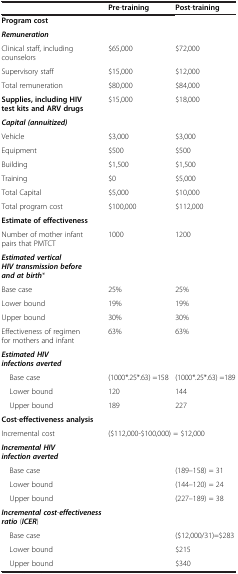
|  | Pre-training | Post-training |
 | --- | --- | --- |
 | Program cost |  |  |
 | Remuneration |  |  |
 | Clinical staff, including counselors | $65,000 | $72,000 |
 | Supervisory staff | $15,000 | $12,000 |
 | Total remuneration | $80,000 | $84,000 |
 | Supplies, including HIV test kits and ARV drugs | $15,000 | $18,000 |
 | Capital (annuitized) |  |  |
 | Vehicle | $3,000 | $3,000 |
 | Equipment | $500 | $500 |
 | Building | $1,500 | $1,500 |
 | Training | $0 | $5,000 |
 | Total Capital | $5,000 | $10,000 |
 | Total program cost | $100,000 | $112,000 |
 | Estimate of effectiveness |  |  |
 | Number of mother infant pairs that PMTCT | 1000 | 1200 |
 | Estimated vertical HIV transmission before and at birth* |  |  |
 | Base case | 25% | 25% |
 | Lower bound | 19% | 19% |
 | Upper bound | 30% | 30% |
 | Effectiveness of regimen for mothers and infant | 63% | 63% |
 | Estimated HIV infections averted |  |  |
 | Base case | (1000*.25*.63) =158 | (1000*.25*.63) =189 |
 | Lower bound | 120 | 144 |
 | Upper bound | 189 | 227 |
 | Cost-effectiveness analysis |  |  |
 | Incremental cost | <COLSPAN=2> ($112,000-$100,000) = $12,000 |
 | Incremental HIV infection averted |  |  |
 | Base case |  | (189–158) = 31 |
 | Lower bound |  | (144–120) = 24 |
 | Upper bound |  | (227–189) = 38 |
 | Incremental cost-effectiveness ratio (ICER) |  |  |
 | Base case |  | ($12,000/31)=$283 |
 | Lower bound |  | $215 |
 | Upper bound |  | $340 |